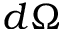
d \Omega